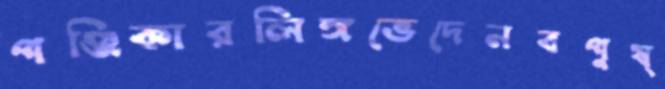
পঞ্জিকারলিঙ্গভেদেনবপুষ্